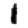
Digit: 1